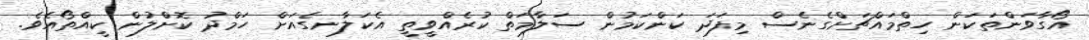
އޯގާވަންތަކަން ހިތްމައްޗަށްގެނެސް މިފަދަ ކަންކަމުން ސަލާމަތް ކުރެއްވީތީ އެކަލާނގެއަށް ހަމްދު ކޮށްލުން ކީއްތޯއެވެ.